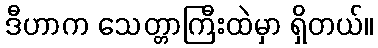
ဒီဟာက သေတ္တာကြီးထဲမှာ ရှိတယ်။